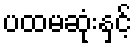
ပထမဆုံးနှင့်